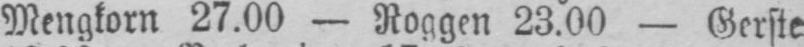
Mengkorn 27.00 - Roggen 23.00 - Gerste